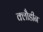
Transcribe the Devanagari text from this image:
क्लौडीन